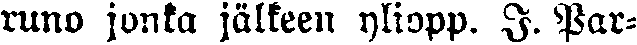
runo jonka. jälkeen yliopp. I. Par-